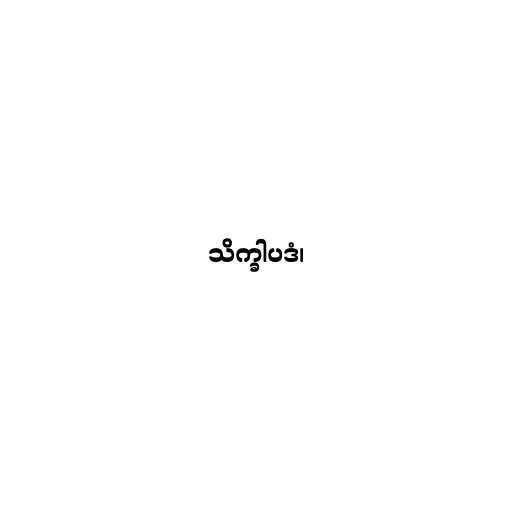
သိက္ခါပဒံ၊